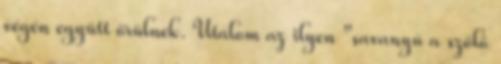
végén együtt örülnek. Utálom az ilyen "savanyú a szőlő